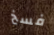
فسخ